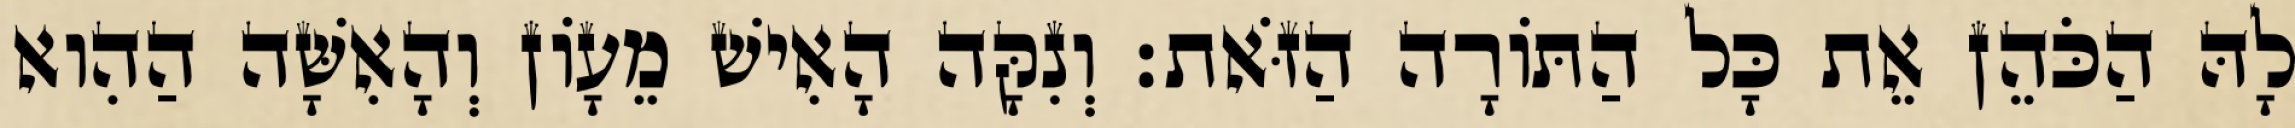
לָהּ הַכֹּהֵן אֵת כָּל הַתּוֹרָה הַזֹּאת׃ וְנִקָּה הָאִישׁ מֵעָוֹן וְהָאִשָּׁה הַהִוא